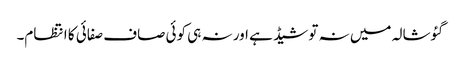
گئوشالہ میں نہ تو شیڈ ہے اور نہ ہی کوئی صاف صفائی کا انتظام۔